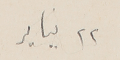
٢٢ يناير